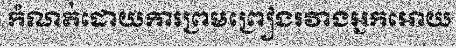
កំណត់ដោយការព្រមព្រៀងរវាងអ្នកអោយ